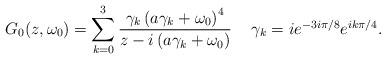
LaTeX: \begin{align*}G_0(z,\omega_0) = \sum_{k=0}^3 \frac{ \gamma_k \left( a \gamma_k + \omega_0 \right)^4}{ z - i \left( a \gamma _k + \omega_0 \right) }\;\;\;\mbox{ $\gamma_k = i e^{-3 i\pi/8} e^{ik \pi/4} $}.\end{align*}